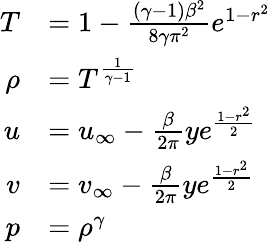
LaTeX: \begin{array}{rl}{T}&{=1-\frac{(\gamma-1)\beta^{2}}{8\gamma\pi^{2}}e^{1-r^{2}}}\\ {\rho}&{=T^{\frac{1}{\gamma-1}}}\\ {u}&{=u_{\infty}-\frac{\beta}{2\pi}ye^{\frac{1-r^{2}}{2}}}\\ {v}&{=v_{\infty}-\frac{\beta}{2\pi}ye^{\frac{1-r^{2}}{2}}}\\ {p}&{=\rho^{\gamma}}\end{array}